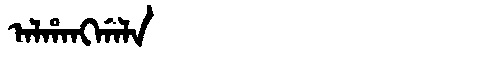
Manchu: ᠠᠯᡥᠠᠩᡤᠠᠯᠠ
Romanization: ALHANGGALA